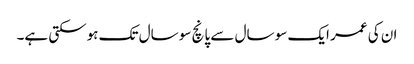
ان کی عمر ایک سو سال سے پانچ سو سال تک ہوسکتی ہے۔